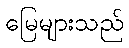
မြေများသည်